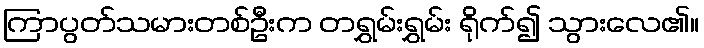
ကြာပွတ်သမားတစ်ဦးက တရွှမ်းရွှမ်း ရိုက်၍ သွားလေ၏။